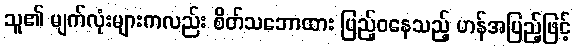
သူ၏ မျက်လုံးများကလည်း စိတ်သဘောထား ပြည့်ဝနေသည့် ဟန်အပြည့်ဖြင့်